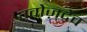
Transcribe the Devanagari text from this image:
ग्वोज़देव